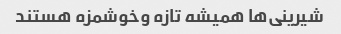
شیرینی‌ها همیشه تازه وخوشمزه هستند